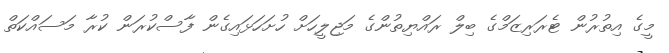
މީގެ އިތުރުން ޓެރަރިޒަމްގެ ބިލް ރައްޔިތުންގެ މަޖިލީހަށް ހުށަހަޅައިގެން ފާސްކުރަން ކުރާ މަސައްކަތް